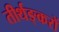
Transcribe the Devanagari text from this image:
तीर्थङ्करों